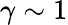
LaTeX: \gamma\sim 1